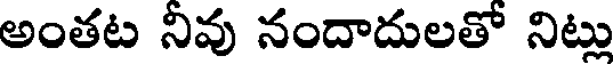
అంతట నివు నందాదులతో నిట్లు